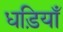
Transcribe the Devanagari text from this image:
धड़ियाँ